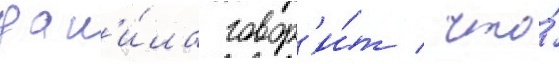
дан'и́ла говор'и́т / что́